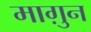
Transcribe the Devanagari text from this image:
माग़ुन